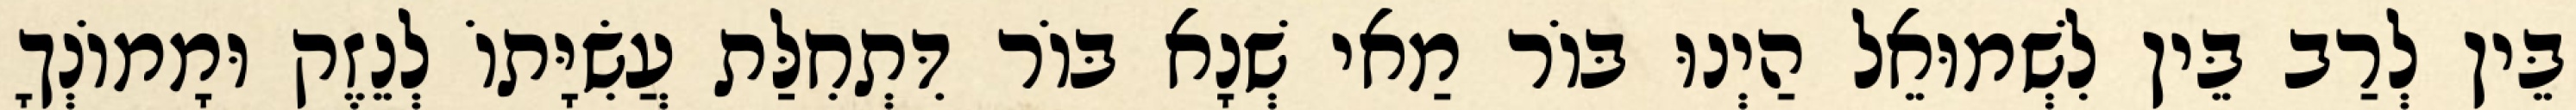
בֵּין לְרַב בֵּין לִשְׁמוּאֵל הַיְנוּ בּוֹר מַאי שְׁנָא בּוֹר דִּתְחִלַּת עֲשִׂיָּתוֹ לְנֵזֶק וּמָמוֹנְךָ